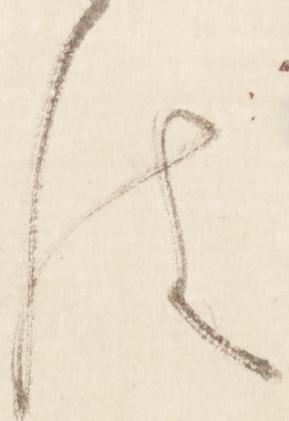
は